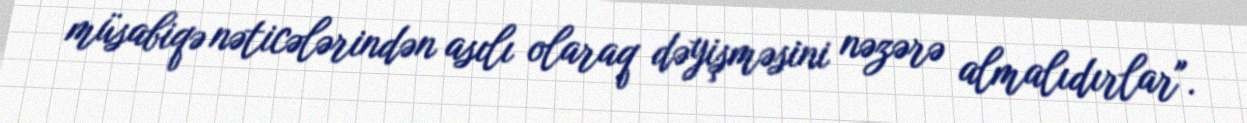
müsabiqə nəticələrindən asılı olaraq dəyişməsini nəzərə almalıdırlar".